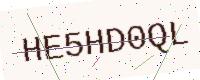
Text: HE5HD0QL